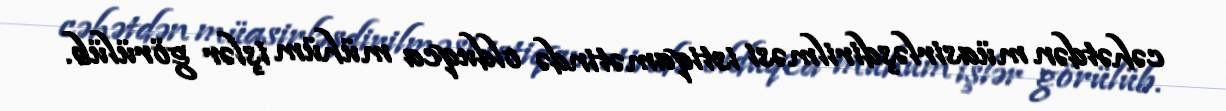
cəhətdən müasirləşdirilməsi istiqamətində olduqca mühüm işlər görülüb.